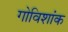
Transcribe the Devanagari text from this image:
गोविशांक